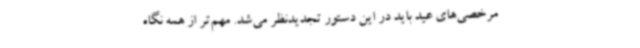
مرخصی‌های عید باید در این دستور تجدیدنظر می‌شد. مهم‌تر از همه نگاه